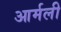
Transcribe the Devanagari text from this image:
आर्मली